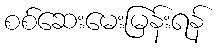
စစ်ဆေးမေးမြန်းရန်